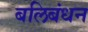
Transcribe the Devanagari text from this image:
बलिबंधन